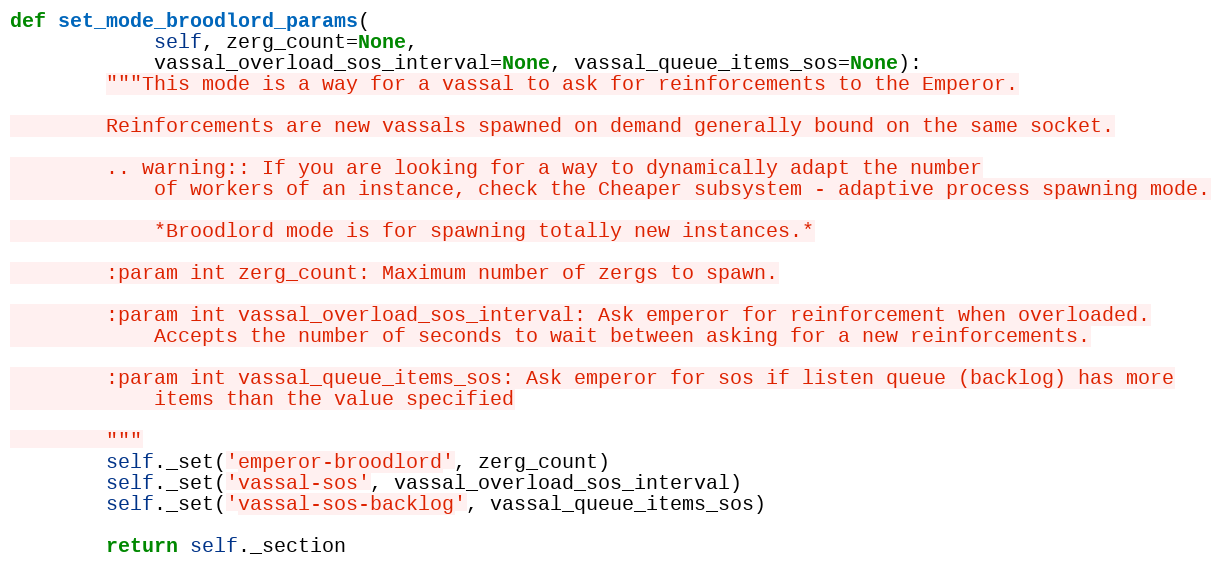
Language: Python
def set_mode_broodlord_params(
            self, zerg_count=None,
            vassal_overload_sos_interval=None, vassal_queue_items_sos=None):
        """This mode is a way for a vassal to ask for reinforcements to the Emperor.

        Reinforcements are new vassals spawned on demand generally bound on the same socket.

        .. warning:: If you are looking for a way to dynamically adapt the number
            of workers of an instance, check the Cheaper subsystem - adaptive process spawning mode.

            *Broodlord mode is for spawning totally new instances.*

        :param int zerg_count: Maximum number of zergs to spawn.

        :param int vassal_overload_sos_interval: Ask emperor for reinforcement when overloaded.
            Accepts the number of seconds to wait between asking for a new reinforcements.

        :param int vassal_queue_items_sos: Ask emperor for sos if listen queue (backlog) has more
            items than the value specified

        """
        self._set('emperor-broodlord', zerg_count)
        self._set('vassal-sos', vassal_overload_sos_interval)
        self._set('vassal-sos-backlog', vassal_queue_items_sos)

        return self._section